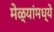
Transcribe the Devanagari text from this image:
मेळ्यांमध्ये